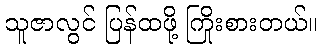
သူဇာလွင် ပြန်ထဖို့ ကြိုးစားတယ်။